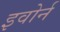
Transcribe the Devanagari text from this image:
इवोर्न